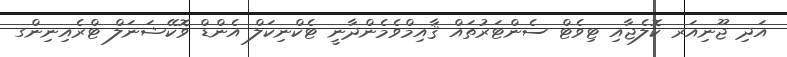
އަދި ޖޫނިއަރ ކޮލެޖާއި ޓިވެޓް ސެންޓަރުތައް ޤާއިމްވެމެންދާނީ ޓެކްނިކަލް އެންޑް ވޮކޭޝަނަލް ޓްރެއިނިންގ